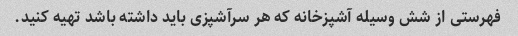
فهرستی از شش وسیله آشپزخانه که هر سرآشپزی باید داشته باشد تهیه کنید.